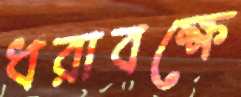
ধরাবক্ষে